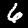
Digit: 6